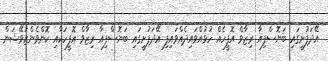
އޭދަފުށީގައި ބަޔޮސްފިއާ ރިޒާވް އޮފީހެއް ހުޅުއްވައިދެއްވައިފި އޭދަފުށީގައި ބަޔޮސްފިއާ ރިޒާވް އޮފީހަކާއި ކޮންވެންޒަވޭޝަން